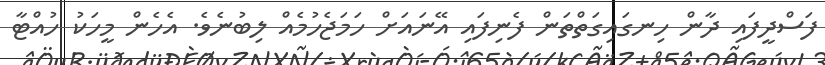
ފަސްދީފައި ދާން ހިނގައިގަތްތަން ފެނިފައި އޭނައަށް ހަމަޖެހުމެއް ލިބުނެވެ. އެހެން މީހަކު ހުއްޓާ